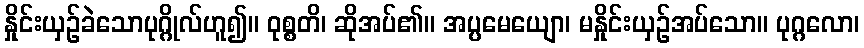
နှိုင်းယှဉ်ခဲသောပုဂ္ဂိုလ်ဟူ၍။ ဝုစ္စတိ၊ ဆိုအပ်၏။ အပ္ပမေယျော၊ မနှိုင်းယှဉ်အပ်သော။ ပုဂ္ဂလော၊